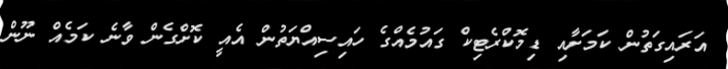
އަރައިގަތުން ކަމަށާއި ޑިމޮކްރެޓިކް ގައުމެއްގެ ހައިސިއްޔަތުން އެއީ ކޮށްގެން ވާނެ ކަމެއް ނޫން